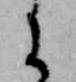
に